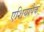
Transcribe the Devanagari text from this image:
एशियापैक